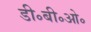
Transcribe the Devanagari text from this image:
डी॰बी॰ओ॰